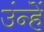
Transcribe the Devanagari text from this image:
उंन्हें